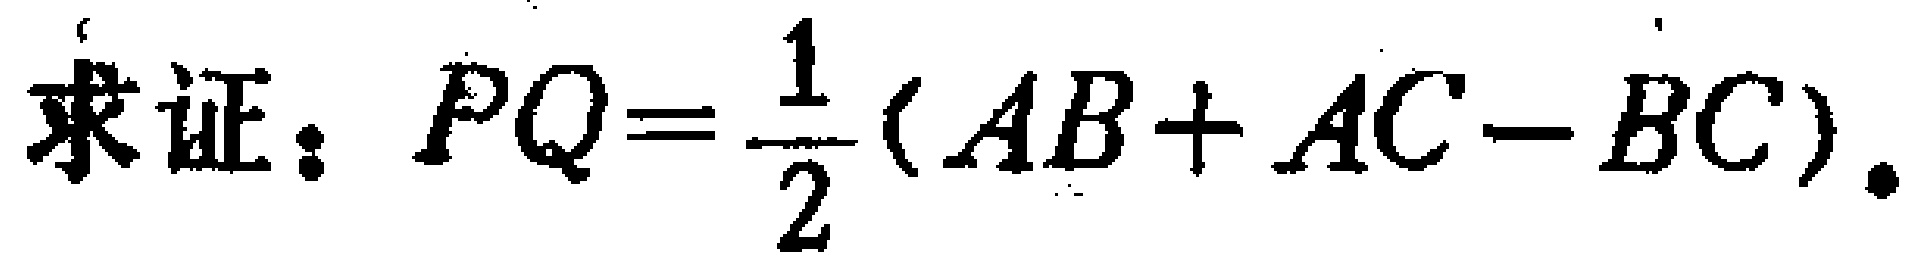
求证：$PQ = \frac{1}{2}(AB + AC - BC)$.